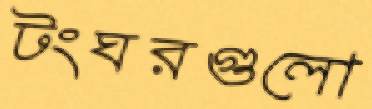
টংঘরগুলো